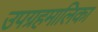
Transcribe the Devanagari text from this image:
उपग्रहमालिका